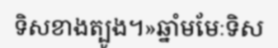
ទិសខាងត្បូង។»ឆ្នាំមមែៈទិស